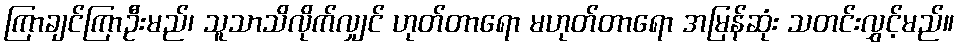
ကြာချင်ကြာဦးမည်၊ သူသာသိလိုက်လျှင် ဟုတ်တာရော မဟုတ်တာရော အမြန်ဆုံး သတင်းလွှင့်မည်။